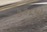
૩૩૮મો